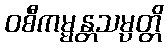
ဝစီကမ္မန္တသမ္ပတ္တိ